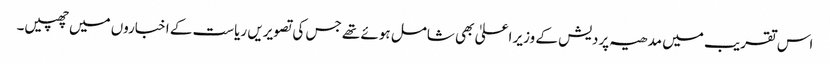
اس تقریب میں مدھیہ پردیش کے وزیر اعلیٰ بھی شامل ہوئے تھے جس کی تصویریں ریاست کے اخباروں میں چھپیں۔